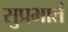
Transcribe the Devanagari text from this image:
सुप्रभातं